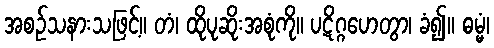
အစဉ်သနားသဖြင့်။ တံ၊ ထိုပုဆိုးအစုံကို။ ပဋိဂ္ဂဟေတွာ၊ ခံ၍။ ဓမ္မံ၊